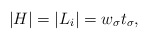
\begin{align*}\vert H\vert = \vert L_i\vert = w_\sigma t_\sigma,\end{align*}